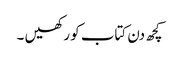
کچھ دن کتاب کو رکھیں ۔